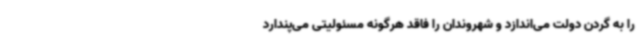
را به گردن دولت می‌اندازد و شهروندان را فاقد هرگونه مسئولیتی می‌پندارد